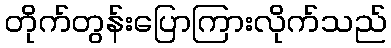
တိုက်တွန်းပြောကြားလိုက်သည်